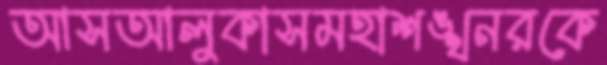
আসআলুকাসমহাশঙ্খনরকে